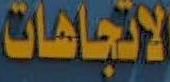
الاتجاهات